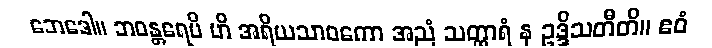
ဘေဒေါ။ ဘဝန္တရေပိ ဟိ အရိယသာဝကော အညံ သတ္ထာရံ န ဥဒ္ဒိသတီတိ။ ဧဝံ